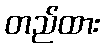
တည်ထား